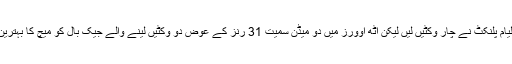
انگلینڈ کی جانب سے لیام پلنکٹ نے چار وکٹیں لیں لیکن آٹھ اوورز میں دو میڈن سمیت 31 رنز کے عوض دو وکٹیں لینے والے جیک بال کو میچ کا بہترین کھلاڑی قرار دیا گیا۔